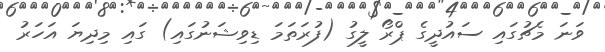
ވަނަ މެޗުގައި ސައުދީގެ ޕްރޯ ލީގު (ފުރަތަމަ ޑިވިޝަނުގައި) ގައި މިދިޔަ އަހަރު